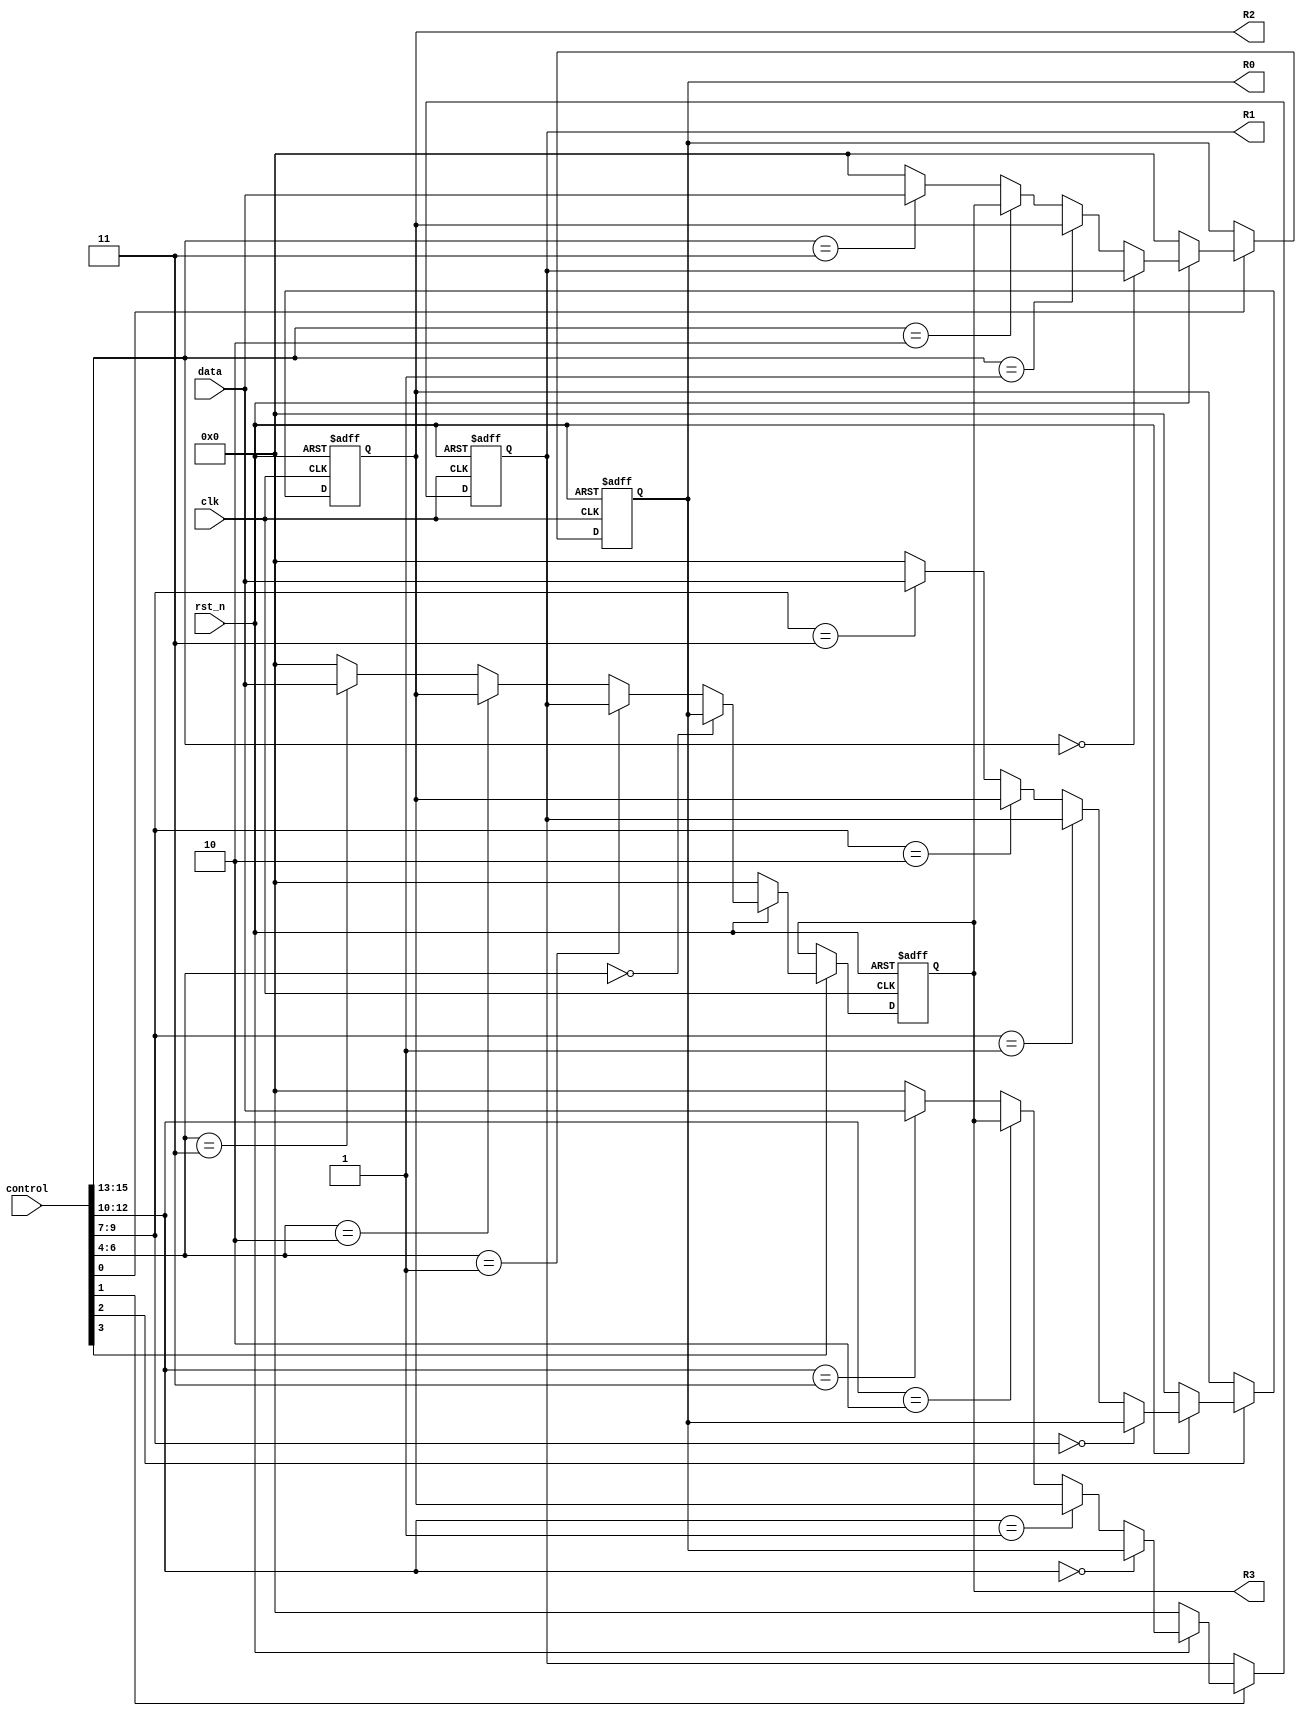
module hw1_B (
				input [15:0] data,
				input [15:0] control,
				input clk,
				input rst_n,
				output reg [15:0] R0,
				output reg [15:0] R1,
				output reg [15:0] R2,
				output reg [15:0] R3
			 );

wire [15:0] T0, T1, T2, T3;

always @(posedge clk or negedge rst_n) begin
	if (!rst_n) begin
		R0 <= 0;
		R1 <= 0;
		R2 <= 0;
		R3 <= 0;
	end else begin
		R0 <= (control[0])?(T0):(R0);
		R1 <= (control[1])?(T1):(R1);
		R2 <= (control[2])?(T2):(R2);
		R3 <= (control[3])?(T3):(R3);
	end // end of if-else block
end

assign T0 = (!rst_n)?(0):
			(control[15:13] == 3'b000)?(R1):
			(control[15:13] == 3'b001)?(R2):
			(control[15:13] == 3'b010)?(R3):
			(control[15:13] == 3'b011)?(data):
			(0);
assign T1 = (!rst_n)?(0):
			(control[12:10] == 3'b000)?(R0):
			(control[12:10] == 3'b001)?(R2):
			(control[12:10] == 3'b010)?(R3):
			(control[12:10] == 3'b011)?(data):
			(0);
assign T2 = (!rst_n)?(0):
			(control[9:7] == 3'b000)?(R0):
			(control[9:7] == 3'b001)?(R1):
			(control[9:7] == 3'b010)?(R2):
			(control[9:7] == 3'b011)?(data):
			(0);
assign T3 = (!rst_n)?(0):
			(control[6:4] == 3'b000)?(R0):
			(control[6:4] == 3'b001)?(R1):
			(control[6:4] == 3'b010)?(R2):
			(control[6:4] == 3'b011)?(data):
			(0);
endmodule